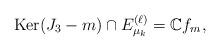
LaTeX: \begin{align*}\mathrm{Ker}(J_3-m)\cap E_{\mu_k}^{(\ell)}=\mathbb{C}f_{m},\end{align*}